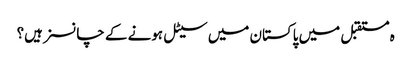
ہ مستقبل میں پاکستان میں سیٹل ہونے کے چانسز ہیں؟